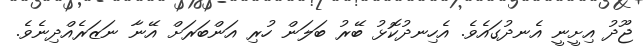
ޖޫދު އިށީނީ އެނދުގައެވެ. އެހިނދުކޮޅު ބޭރު ބަލަން ހުރި އަންބަރަށް އޭނާ ނަޒަރެއްދިނެވެ.